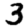
Digit: 3